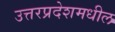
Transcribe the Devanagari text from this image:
उत्तरप्रदेशमधील